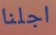
اجلنا